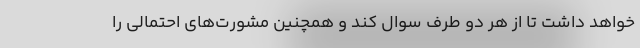
خواهد داشت تا از هر دو طرف سوال کند و همچنین مشورت‌های احتمالی را